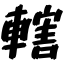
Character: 轄